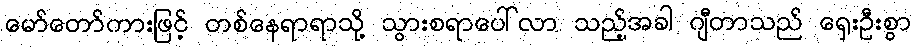
မော်တော်ကားဖြင့် တစ်နေရာရာသို့ သွားစရာပေါ်လာ သည့်အခါ ဂျီတာသည် ရှေးဦးစွာ